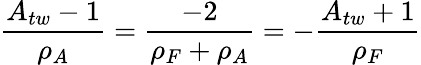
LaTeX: \frac{A_{tw}-1}{\rho_{A}}=\frac{-2}{\rho_{F}+\rho_{A}}=-\frac{A_{tw}+1}{\rho_{F}}